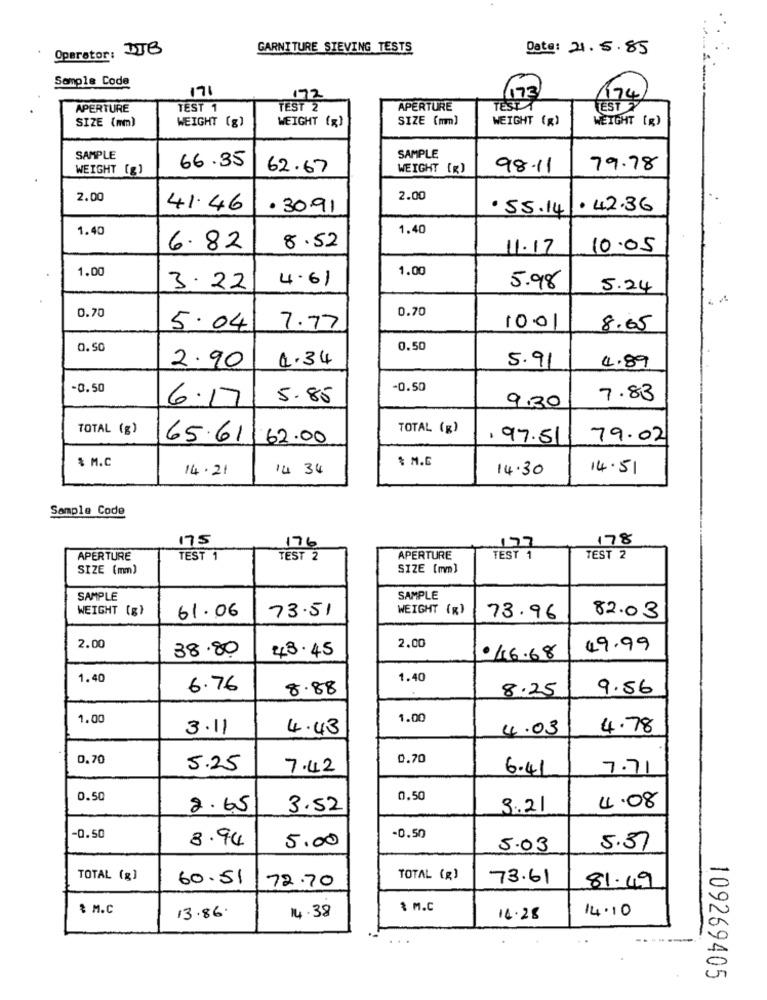
Operator: DIB
GARNITURE SIEVING TESTS
Date: 21.5.85
Sample Code
171
173
172
174
APERTURE
TEST 1
TEST 2
APERTURE
TEST
EST
SIZE (mm)
WEIGHT (g)
SIZE (mm)
WEIGHT (x)
WEIGHT [g)
WEIGHT (x)
SAMPLE
SAMPLE
WEIGHT (g)
66.35
62.67
WEIGHT (R)
98.11
79.78
2.00
2.00
41.46
.30.91
. 55.14
. 42.36
1.40
1.40
6.82
8.52
11.17
10.05
1.00
1.00
4.61
3.22
5.98
5.24
0.70
0.70
5.04
7.77
10.01
8.65
0.50
0.50
4.34
4.89
2.90
5.91
-0.50
-0.50
6:17
5.85
7.83
9.30
TOTAL (g)
TOTAL (g)
65.61
62.00
1 97.51
79.02
$ M.C
$ M.6
14.21
14 34
14.30
14.51
Sample Code
175
178
176
177
APERTURE
TEST 1
TEST 2
APERTURE
TEST 1
TEST 2
SIZE (mm)
SIZE [mm]
SAMPLE
SAMPLE
WEIGHT (g}
61.06
73.51
WEIGHT (R)
73.96
82.03
2.00
38.80
43.45
2.00
19.99
46.68
1.40
1.40
6.76
8.88
8.25
9.56
1.00
1.00
3.11
4.43
4.03
4.78
0.70
0.70
5.25
7.42
6.41
7.71
0.50
0.50
2.65
3.52
3.21
4.08
-0.50
-0.50
8.94
5.00
5.03
5.37
TOTAL (g)
60.51
72.70
TOTAL (g)
73.61
81.49
$ M.C
$ M.C
14.10
13.86.
14.38
16.28
109269405